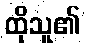
ထိုသူ၏